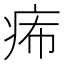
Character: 𤵗